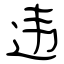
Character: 违